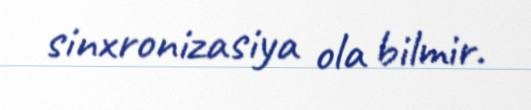
sinxronizasiya ola bilmir.